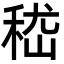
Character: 嵇